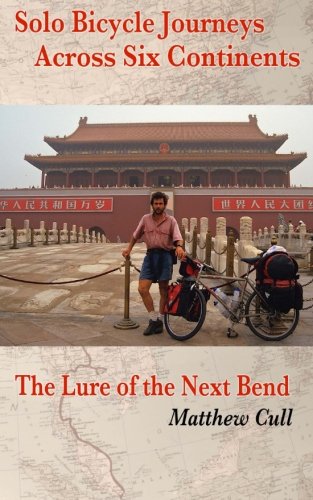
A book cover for Solo Bicycle Journeys Across Six Continents: The Lure of the Next Bend; Matthew Cull; Travel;